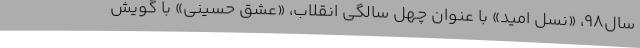
سال98، «نسل امید» با عنوان چهل سالگی انقلاب، «عشق حسینی» با گویش